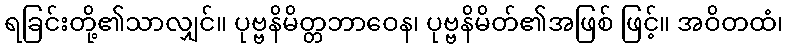
ရခြင်းတို့၏သာလျှင်။ ပုဗ္ဗနိမိတ္တဘာဝေန၊ ပုဗ္ဗနိမိတ်၏အဖြစ် ဖြင့်။ အဝိတထံ၊